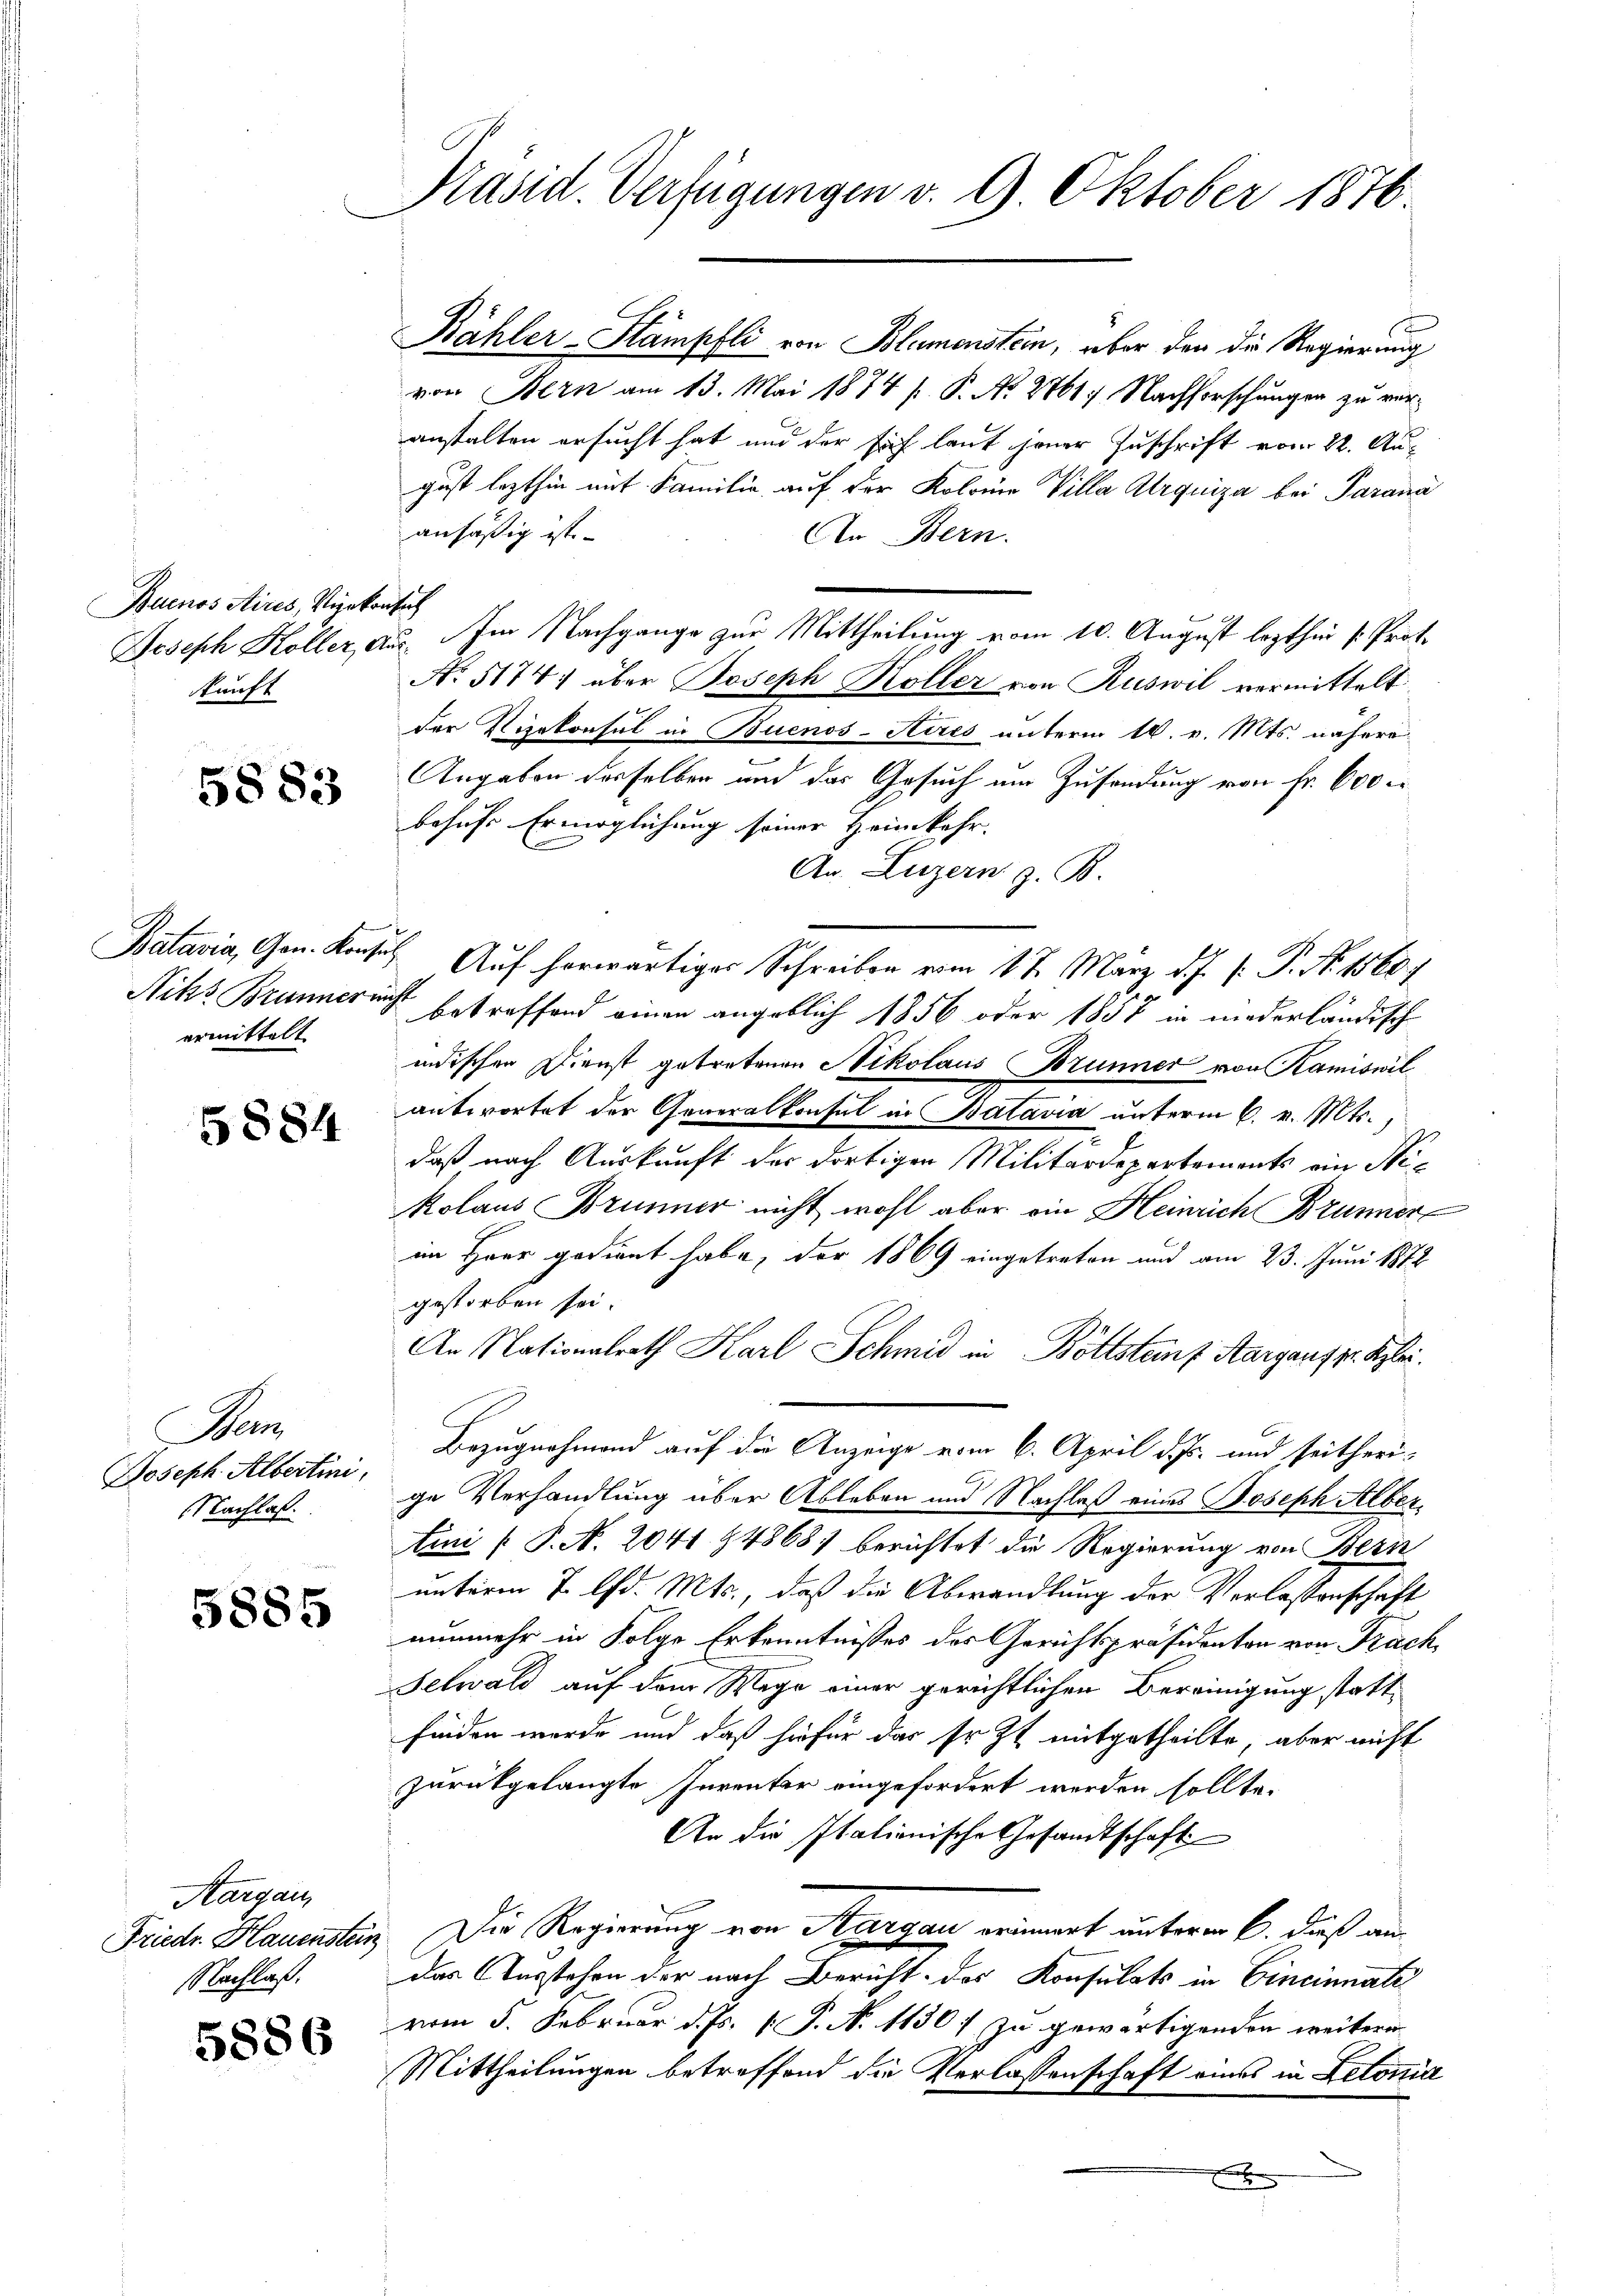
Buenos Aires, Vizekonsich
kunft

5883

Batavia, Gen. Konse
Niks Brunnerin
ermittelt.

5884

Ma
Joseph Albertini,
Nachlaß

5885

Aargau,
Friedr. Hauensten,
Nachlaß.

5886

Präsid. Verfügungen v. 9. Oktober 1876.

Bähler-Stämpfli von Blamenstein, über den die Regierung
von Bern am 13. Mai 1874 s P. No 2761; Nachforschungen zu veranstalten ersucht hat und der sich laut jener Zuschrift vom 22. August lezthin mit Familie, auf der Kolonia Villa Arquiza bei Parana
ansäßig ist.
An Bern.
Joseph Koller, aus. Im Nachgange zur Mittheilung vom 10. August lezthin s. Proto
No. 5174. über Joseph Koller von Ruswil vermittelt.
der Vizekonsul in Buenos-Ayres unterm 10. v. Mts. nähere
Angaben desselben und das Gesuch um Zusendung von Fr. 600 c
behufs Ermöglichung seiner Heimkehr.
An. Luzern z. B.
 Auf herwärtiges Schreiben vom 17. März d. J. J. P. Nr. 1560 f
nicht
betreffend einen angeblich 1856 oder 1857 in niederländisch
indischen Dienst getretenen Nikolaus Brunner von Kamiswil
antwortet der Generalkonsul in Batavia unterm 6. v. Mts.,
daß nach Auskunft der dortigen Militärdepartements ein Nikolaus Brunner nicht wohl aber ein Heinrich Brunner
im Herr gedient habe, der 1869 eingetreten und am 23. Juni 1872
gestorben sei.
An Nationalrath Karl Schmid in Böttsteins Aargauf pr. Sizlei.
Bezugnahmend auf die Anzeige vom 6. April d. Js. und seitherige Verhandlung über Ableben und Nachlaß eines Joseph Alberini [ P. N. 2041 94868) berichtet die Regierung von Bern
unterm 7. d. Mts., daß die Abwandlung der Verlassenschaft
nunmehr in Folge Erkenntnisses des Gerichtspräsidenten von Frach¬
Selwald auf dem Wege einer gerichtlichen Bereinigung statt
finden wurde und daß hiefür das so zt mitgetheilte, aber nicht
zurückgelangte Inventer eingefordert werden sollte.
An die Itationische Gesandtschaft
Die Regierung von Margau erinnert unterm 6. daß au
das Ausstehen der nach Bericht des Konsulats in Cincinnate
vom 5. Februar d. Js. P. No 1130) zu gewärtigenden weitern
Mittheilungen betreffend die Verlassenschaft eines in Letonia
x